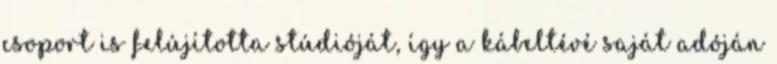
csoport is felújította stúdióját, így a kábeltévé saját adóján